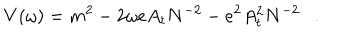
LaTeX: V ( \omega ) = m ^ { 2 } - 2 \omega e A _ { t } N ^ { - 2 } - e ^ { 2 } A _ { t } ^ { 2 } N ^ { - 2 } .